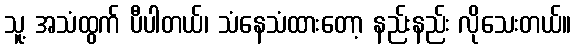
သူ့ အသံထွက် ပီပါတယ်၊ သံနေသံထားတော့ နည်းနည်း လိုသေးတယ်။